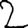
Digit: 2